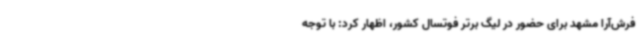
فرش‌آرا مشهد برای حضور در لیگ برتر فوتسال کشور، اظهار کرد: با توجه